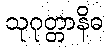
သုဂုတ္တာနိဓ